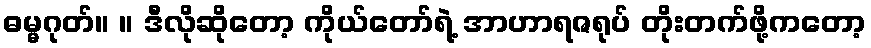
ဓမ္မဂုတ်။ ။ ဒီလိုဆိုတော့ ကိုယ်တော်ရဲ့ အာဟာရဇရုပ် တိုးတက်ဖို့ကတော့